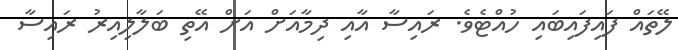
ލޭތައް ފައިފައިބައި ހުއްޓެވެ. ރައިސާ އާއި ދިމާއަށް އަށް އޭތި ބަލާލިއިރު ރައިސާ